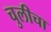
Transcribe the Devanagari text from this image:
चुलीचा